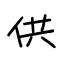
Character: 供